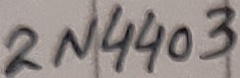
Text: 2N4403